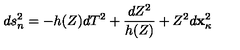
d s _ { n } ^ { 2 } = - h ( Z ) d T ^ { 2 } + \frac { d Z ^ { 2 } } { h ( Z ) } + Z ^ { 2 } d { \bf x } _ { \kappa } ^ { 2 }